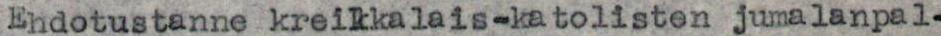
Ehdotustanne kreikkalais-katolisten jumalanpal-